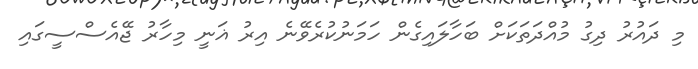
މި ދައުރު ދިގު މުއްދަތަކަށް ބަހާލައިގެން ހަމަނުކުރެވޭނެ އިރު ޣަނީ މިހާރު ޖޭއެސްސީގައި